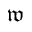
\mathfrak { w }